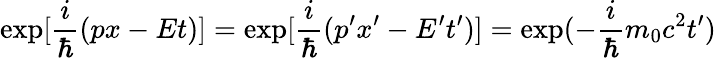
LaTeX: \exp[\frac{i}{\hbar}(px-Et)]=\exp[\frac{i}{\hbar}(p^{\prime}x^{\prime}-E^{\prime}t^{\prime})]=\exp(-\frac{i}{\hbar}m_{0}c^{2}t^{\prime})